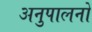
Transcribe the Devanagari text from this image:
अनुपालनों